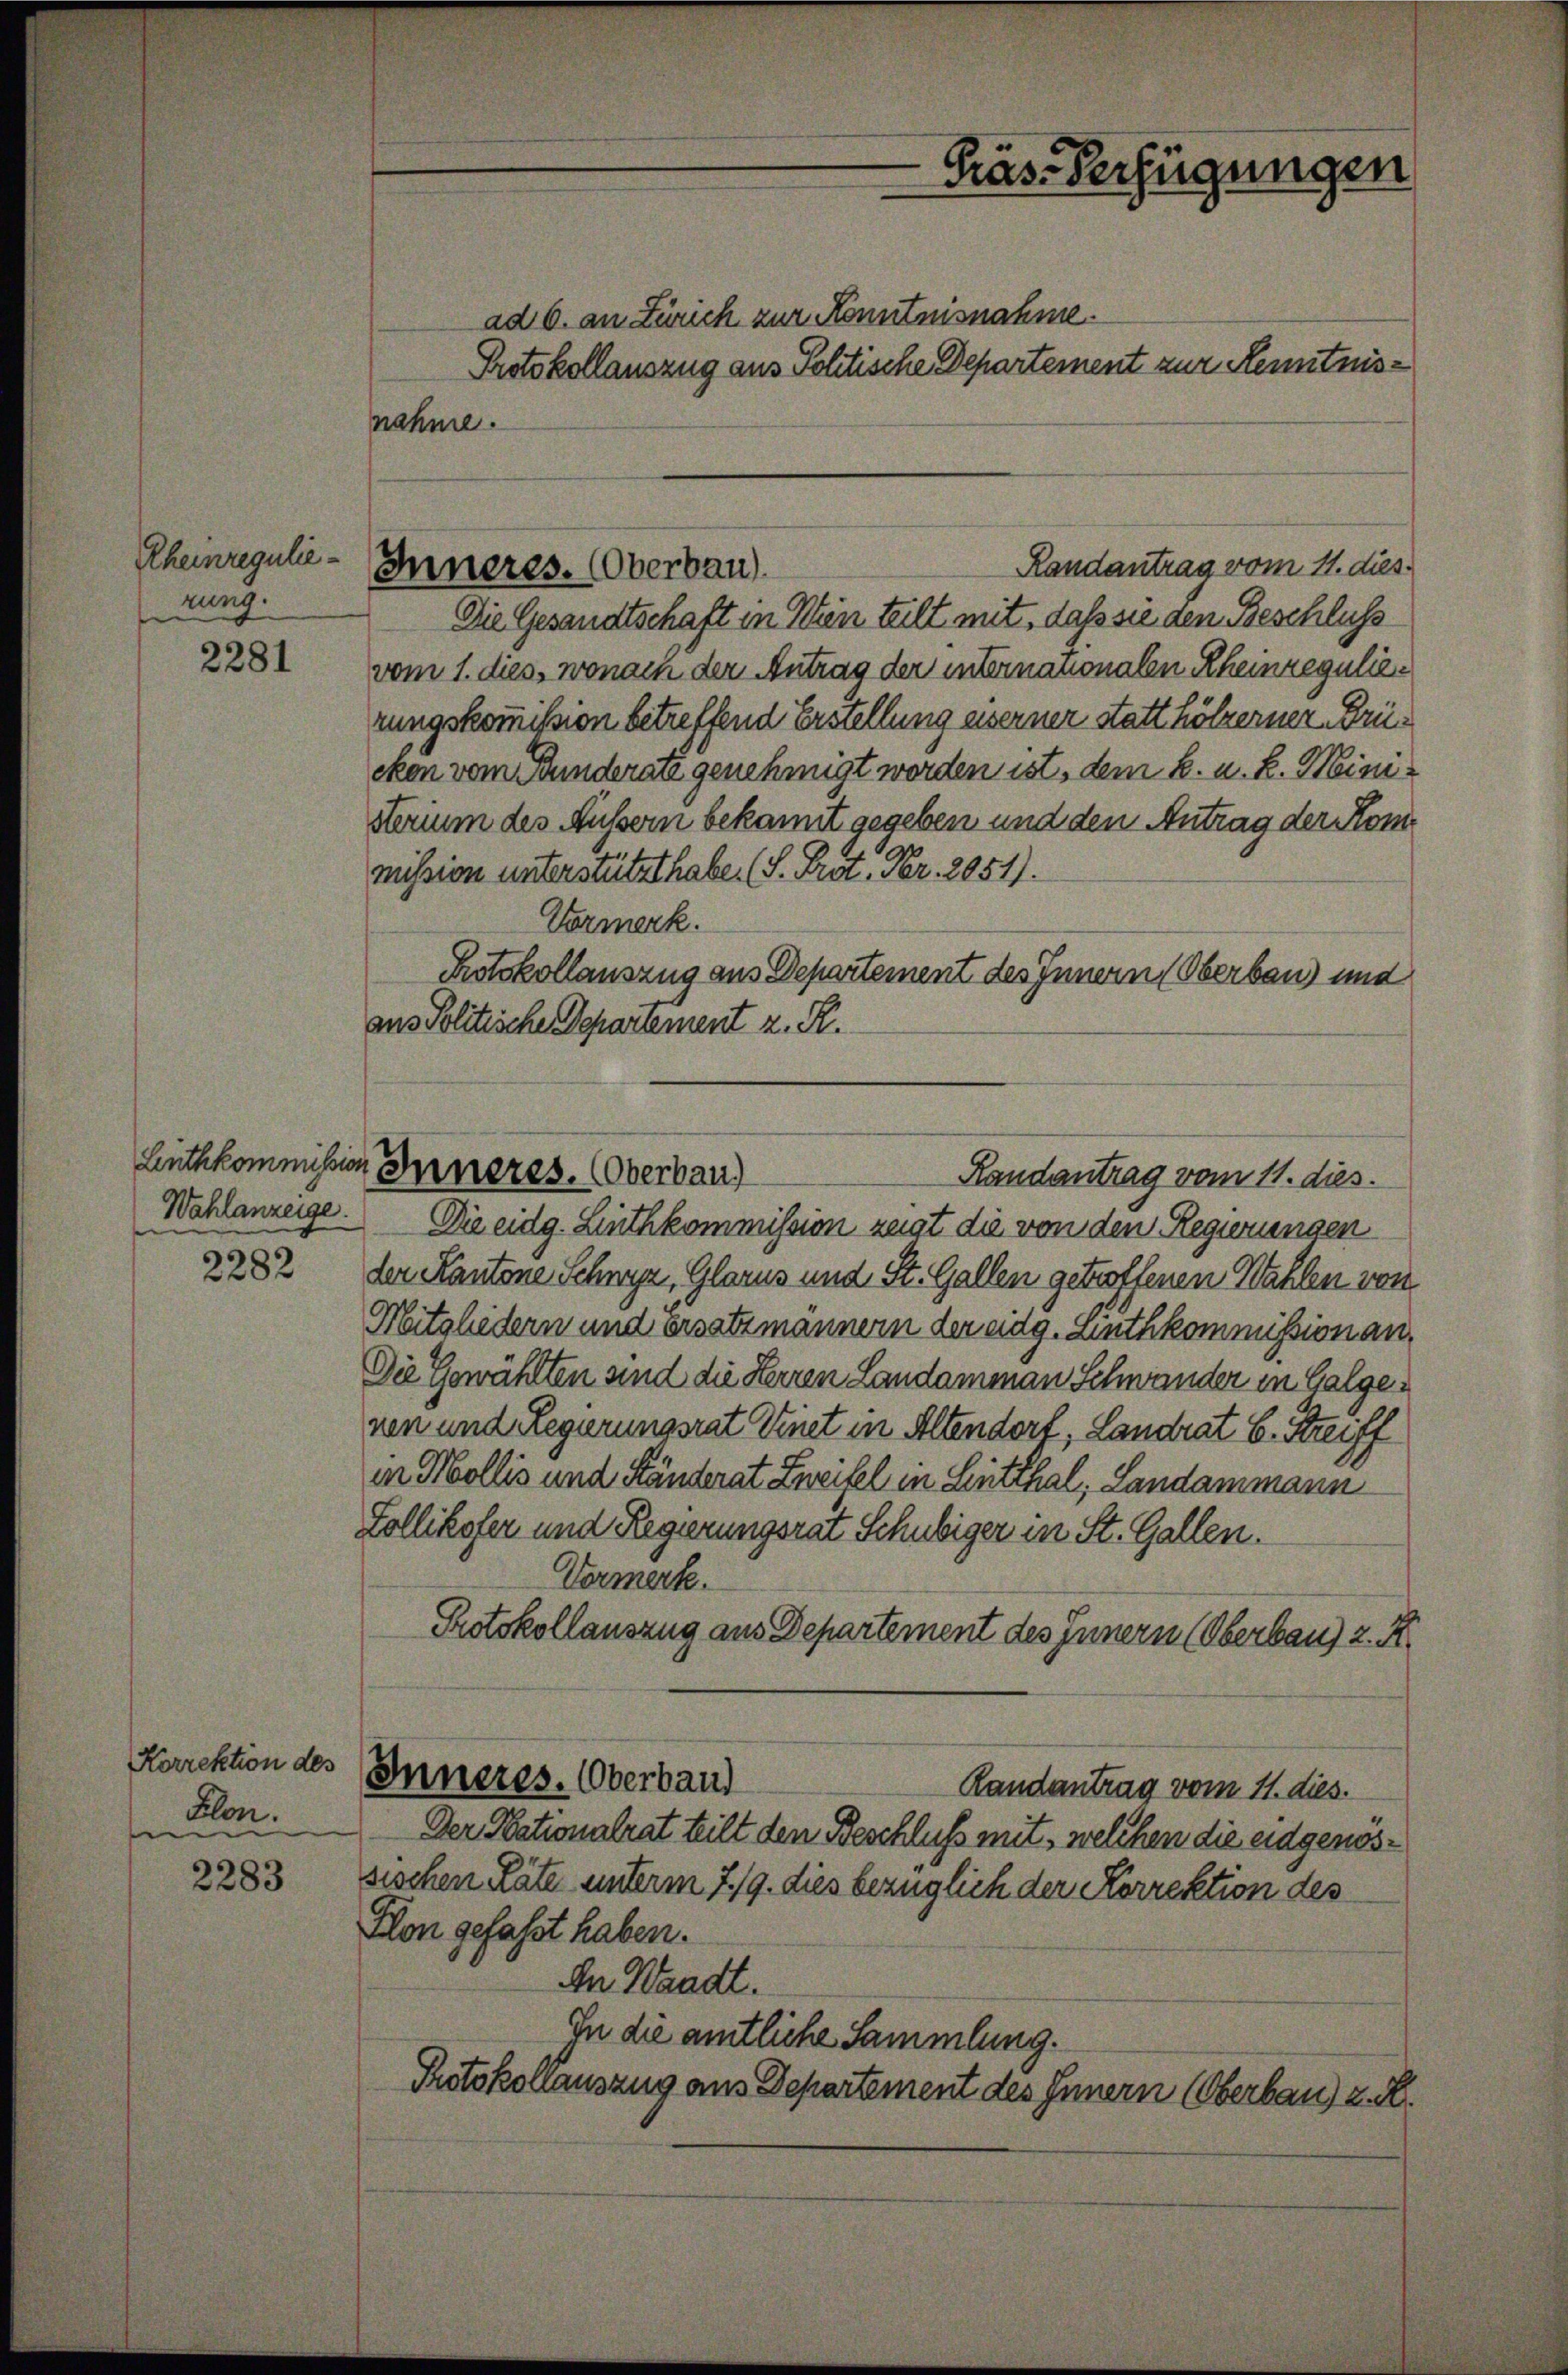
Rheinregulienung.

2281

2283

Wahlanzeige.
2282

Korrektion des
Blon.

nahme.

Inneres. (Oberbau).

Luthkommission Inneres. (Oberbau)
Randantrag vom 11. dies.

ad 6. an Zürich zur Kenntnisnahme.
Protokollauszug aus Politische Departement zur Kenntnis¬
Randantrag vom 11. dies
Die Gesandtschaft in Wien teilt mit, daß sie den Beschluss
vom 1. dies, wonaen der Antrag der internationalen Rheinregulier
rungskommißion betreffend Erstellung eiserner statt hölzerner Brücken vom Bunderate genehmigt worden ist, dem k. u. k. Meinisterium des Äussern bekannt gegeben und den Antrag der Kommission unterstützt habe. (S. Prot. Fr. 2051).
Vormerk.
Protokollauszug aus Departement des Innern (Oberbau) und
ans Politische Departement z. R.
Die eidg. Linthkommission zeigt die von den Regierungen
der Kantone Schwyz, Glarus und St. Gallen getroffenen Wahlen von
Mitgliedern und Ersatzmännern der eidg. Linthkommission an.
Die Gewählten sind die Herren Landammann Schwander in Galgenen und Legurungsrat Vinet in Altendort, Landrat E. Streiff
in Mollis und Händerat Zweifel in Lentthal, Landammann
Zollikofer und Regierungsrat Schubiger in St. Gallen.
Vormerk.
Protokollauszug aus Departement des Innern (Oberbau, z. R.
Inneres. Oberbaud
Randantrag vom 11. dies.
Der Nationalrat teilt den Beschluß mit, welchen die eidgenossischen Räte unterm 7./9. dies bezüglich der Korrektion des
Flon gefaßt haben.
An Waadt.
In die amtliche Sammlung.
Protokollauszug aus Departement des Innern (Oberbau) z. B.

Präs. Verfügungen